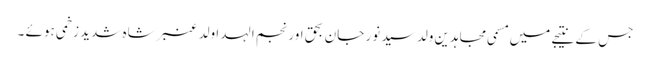
جس کے نتیجے میں مسمی مجاہدین ولد سید نور جان بحق اور نجم الہدا ولد عنبر شاہ شدید زخمی ہوئے ۔